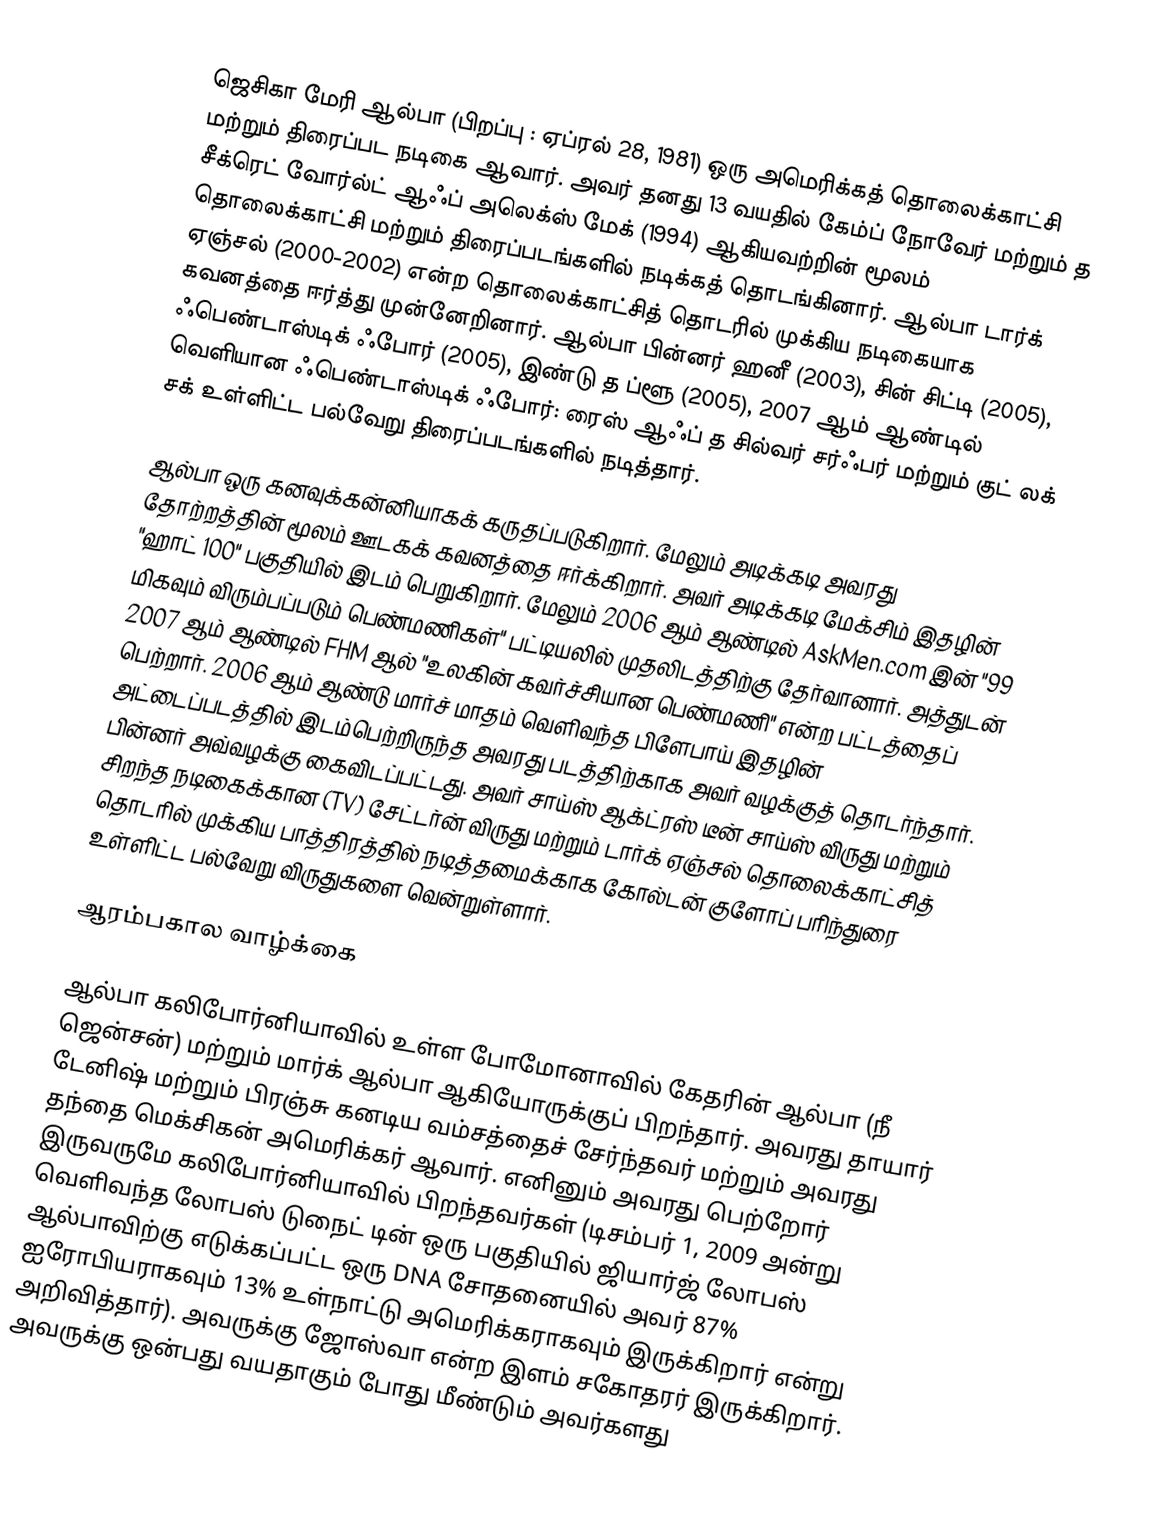
ஜெசிகா மேரி ஆல்பா (பிறப்பு : ஏப்ரல் 28, 1981) ஒரு அமெரிக்கத் தொலைக்காட்சி மற்றும் திரைப்பட நடிகை ஆவார். அவர் தனது 13 வயதில் கேம்ப் நோவேர் மற்றும் த சீக்ரெட் வோர்ல்ட் ஆஃப் அலெக்ஸ் மேக் (1994) ஆகியவற்றின் மூலம் தொலைக்காட்சி மற்றும் திரைப்படங்களில் நடிக்கத் தொடங்கினார். ஆல்பா டார்க் ஏஞ்சல் (2000-2002) என்ற தொலைக்காட்சித் தொடரில் முக்கிய நடிகையாக கவனத்தை ஈர்த்து முன்னேறினார். ஆல்பா பின்னர் ஹனீ (2003), சின் சிட்டி (2005), ஃபெண்டாஸ்டிக் ஃபோர் (2005), இண்டு த ப்ளூ (2005), 2007 ஆம் ஆண்டில் வெளியான ஃபெண்டாஸ்டிக் ஃபோர்: ரைஸ் ஆஃப் த சில்வர் சர்ஃபர் மற்றும் குட் லக் சக் உள்ளிட்ட பல்வேறு திரைப்படங்களில் நடித்தார்.

ஆல்பா ஒரு கனவுக்கன்னியாகக் கருதப்படுகிறார். மேலும் அடிக்கடி அவரது தோற்றத்தின் மூலம் ஊடகக் கவனத்தை ஈர்க்கிறார். அவர் அடிக்கடி மேக்சிம் இதழின் "ஹாட் 100" பகுதியில் இடம் பெறுகிறார். மேலும் 2006 ஆம் ஆண்டில் AskMen.com இன் "99 மிகவும் விரும்பப்படும் பெண்மணிகள்" பட்டியலில் முதலிடத்திற்கு தேர்வானார். அத்துடன் 2007 ஆம் ஆண்டில் FHM ஆல் "உலகின் கவர்ச்சியான பெண்மணி" என்ற பட்டத்தைப் பெற்றார். 2006 ஆம் ஆண்டு மார்ச் மாதம் வெளிவந்த பிளேபாய் இதழின் அட்டைப்படத்தில் இடம்பெற்றிருந்த அவரது படத்திற்காக அவர் வழக்குத் தொடர்ந்தார். பின்னர் அவ்வழக்கு கைவிடப்பட்டது. அவர் சாய்ஸ் ஆக்ட்ரஸ் டீன் சாய்ஸ் விருது மற்றும் சிறந்த நடிகைக்கான (TV) சேட்டர்ன் விருது மற்றும் டார்க் ஏஞ்சல் தொலைக்காட்சித் தொடரில் முக்கிய பாத்திரத்தில் நடித்தமைக்காக கோல்டன் குளோப் பரிந்துரை உள்ளிட்ட பல்வேறு விருதுகளை வென்றுள்ளார்.

ஆரம்பகால வாழ்க்கை

ஆல்பா கலிபோர்னியாவில் உள்ள போமோனாவில் கேதரின் ஆல்பா (நீ ஜென்சன்) மற்றும் மார்க் ஆல்பா ஆகியோருக்குப் பிறந்தார். அவரது தாயார் டேனிஷ் மற்றும் பிரஞ்சு கனடிய வம்சத்தைச் சேர்ந்தவர் மற்றும் அவரது தந்தை மெக்சிகன் அமெரிக்கர் ஆவார். எனினும் அவரது பெற்றோர் இருவருமே கலிபோர்னியாவில் பிறந்தவர்கள் (டிசம்பர் 1, 2009 அன்று வெளிவந்த லோபஸ் டுநைட் டின் ஒரு பகுதியில் ஜியார்ஜ் லோபஸ் ஆல்பாவிற்கு எடுக்கப்பட்ட ஒரு DNA சோதனையில் அவர் 87% ஐரோபியராகவும் 13% உள்நாட்டு அமெரிக்கராகவும் இருக்கிறார் என்று அறிவித்தார்). அவருக்கு ஜோஸ்வா என்ற இளம் சகோதரர் இருக்கிறார். அவருக்கு ஒன்பது வயதாகும் போது மீண்டும் அவர்களது